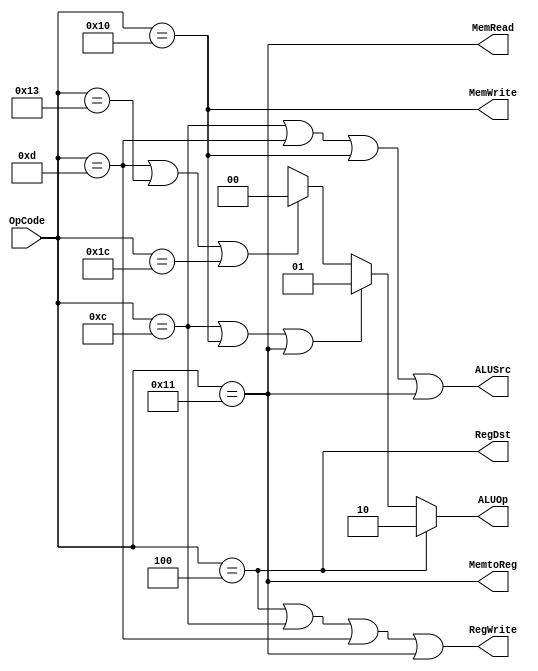
module Control(
	input[5:0] OpCode,
	output[1:0] ALUOp,
	output RegWrite, MemWrite, MemRead, RegDst, ALUSrc, MemtoReg
	);
	assign ALUOp = (OpCode==6'b000100)? 2'b10: 
					(OpCode==6'b001100)||(OpCode==6'b010000)||(OpCode==6'b010001)? 2'b01:
					(OpCode==6'b001101)||(OpCode==6'b010011)||(OpCode==6'b011100)? 2'b00: 2'bx;
	assign RegWrite = (OpCode==6'b000100)||(OpCode==6'b001100)||(OpCode==6'b001101)||(OpCode==6'b010001);
	assign MemWrite = (OpCode==6'b010000);
	assign MemRead = (OpCode==6'b010001);
	assign RegDst = (OpCode==6'b000100);
	assign ALUSrc = (OpCode==6'b001100)||(OpCode==6'b001101)||(OpCode==6'b010000)||(OpCode==6'b010001);
	assign MemtoReg = (OpCode==6'b010001);
endmodule